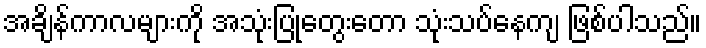
အချိန်ကာလများကို အသုံးပြုတွေးတော သုံးသပ်နေကျ ဖြစ်ပါသည်။